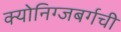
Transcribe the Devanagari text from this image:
क्योनिग्जबर्गची